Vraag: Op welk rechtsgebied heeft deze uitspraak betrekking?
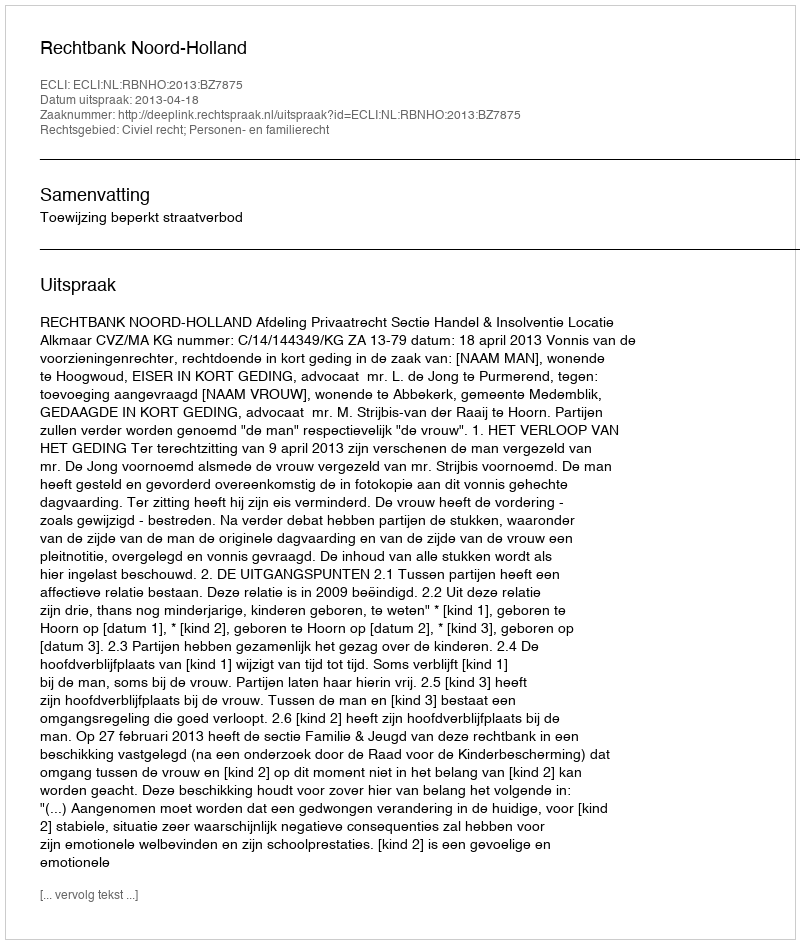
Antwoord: Civiel recht; Personen- en familierecht